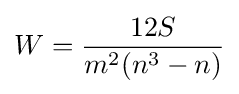
W={\frac {12S}{m^{2}(n^{3}-n)}}